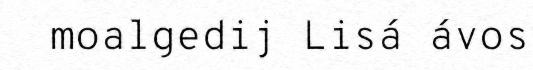
moalgedij Lisá ávos